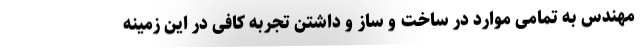
مهندس به تمامی موارد در ساخت و ساز و داشتن تجربه کافی در این زمینه